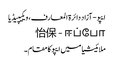
ایپو - آزاد دائرۃ المعارف، ویکیپیڈیا
怡保 - ஈப்போ
ملائیشیا میں ایپو کا مقام۔